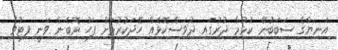
އަނިޔާގެ ސަބަބުން ކުޅުމާ ދުރުގައި ދުވަސްކޮޅެއް ހޭދަކުރުމަށް ފަހު ރޮބެން ވަނީ ފިޓުވެ